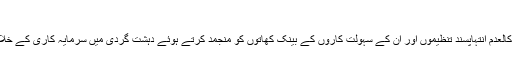
[عدیل سعید]
پشاور -- پاکستانی حکام کالعدم انتہاپسند تنظیموں اور ان کے سہولت کاروں کے بینک کھاتوں کو منجمد کرتے ہوئے دہشت گردی میں سرمایہ کاری کے خلاف شکنجہ کس رہے ہیں۔